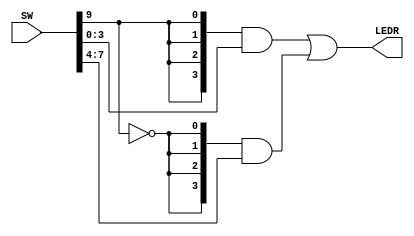
module mux_2 (SW, LEDR);
input [9:0] SW;
output [3:0] LEDR;

assign LEDR = ({4{SW[9]}}&SW[3:0]) | ({4{~SW[9]}}&SW[7:4]);

endmodule